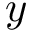
y